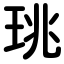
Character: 珧